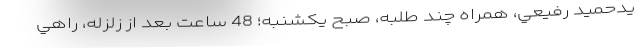
يدحميد رفيعي، همراه چند طلبه، صبح يكشنبه؛ 48 ساعت بعد از زلزله، راهي